Lunatic asylums Madras 1877-1891 - 1877-1891
Year: 1877
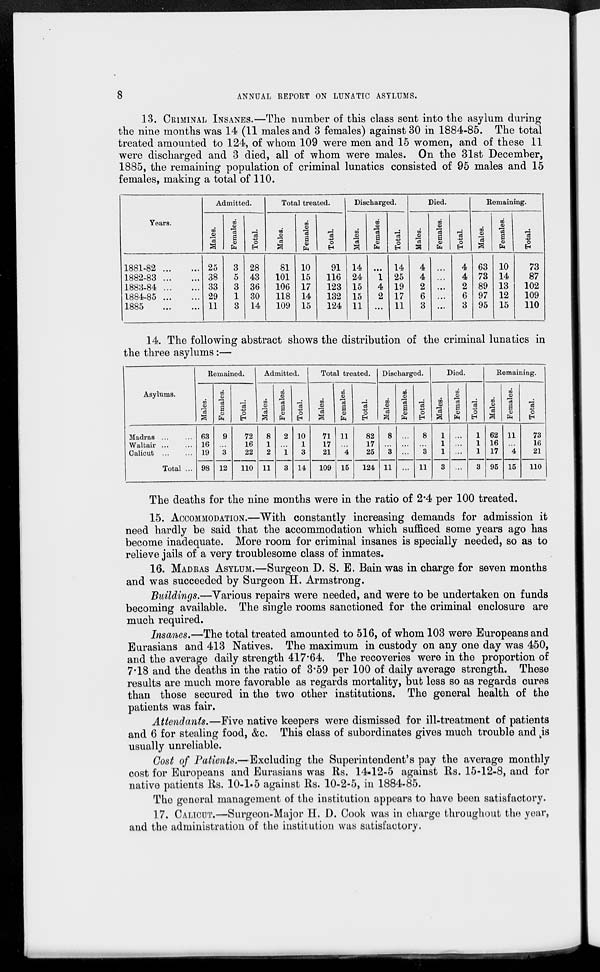
8
ANNUAL REPORT ON LUNATIC ASYLUMS.
13. CRIMINAL INSANES.—The number of this class sent into the asylum during
the nine months was 14 (11 males and 3 females) against 30 in 1884-85. The total
treated amounted to 124, of whom 109 were men and 15 women, and of these 11
were discharged and 3 died, all of whom were males. On the 31st December,
1885, the remaining population of criminal lunatics consisted of 95 males and 15
females, making a total of 110.
Years.
1881-82 ... ...
1882-83 ... ...
1883-84 ... ...
1884-85 ... ...
1885
...
...
Admitted.
Males.
25
38
33
29
11
Females.
3
5
3
1
3
Total.
28
43
36
30
14
Total treated.
Males.
81
101
106
118
109
Females.
10
15
17
14
15
Total.
91
116
123
132
124
Discharged.
Males.
14
24
15
15
11
Females.
...
1
4
2
...
Total.
14
25
19
17
11
Died.
Males.
4
4
2
6
3
Females.
...
...
...
...
...
Total.
4
4
2
6
3
Remaining.
Males.
63
73
89
97
95
Females.
10
14
13
12
15
Total.
73
87
102
109
110
14. The following abstract shows the distribution of the criminal lunatics in
the three asylums:—
Asylums.
Madras ... ...
Waltair ... ...
Calicut ... ...
Total ...
Remained.
Males.
63
16
19
98
Females.
9
...
3
12
Total.
72
16
22
110
Admitted.
Males.
8
1
2
11
Females.
2
...
1
3
Total.
10
1
3
14
Total treated.
Males.
71
17
21
109
Females.
11
...
4
15
Total.
82
17
25
124
Discharged.
Males.
8
...
3
11
Females.
...
...
...
...
Total.
8
...
3
11
Died.
Males.
1
1
1
3
Females.
...
...
...
...
Total.
1
1
1
3
Remaining.
Males.
62
16
17
95
Females.
11
...
4
15
Total.
73
16
21
110
The deaths for the nine months were in the ratio of 2.4 per 100 treated.
15. ACCOMMODATION.—"With constantly increasing demands for admission it
need hardly be said that the accommodation which sufficed some years ago has
become inadequate. More room for criminal insanes is specially needed, so as to
relieve jails of a very troublesome class of inmates.
16. MADRAS ASYLUM.—Surgeon D. S. E. Bain was in charge for seven months
and was succeeded by Surgeon H. Armstrong.
Buildings.—Various repairs were needed, and were to be undertaken on funds
becoming available. The single rooms sanctioned for the criminal enclosure are
much required.
Insanes.—The total treated amounted to 516, of whom 103 were Europeans and
Eurasians and 413 Natives. The maximum in custody on any one day was 450,
and the average daily strength 417.64. The recoveries were in the proportion of
7.18 and the deaths in the ratio of 3.59 per 100 of daily average strength. These
results are much more favorable as regards mortality, but less so as regards cures
than those secured in the two other institutions. The general health of the
patients was fair.
Attendants.—Five native keepers were dismissed for ill-treatment of patients
and 6 for stealing food, &c. This class of subordinates gives much trouble and is
usually unreliable.
Cost of Patients.—Excluding the Superintendent's pay the average monthly
cost for Europeans and Eurasians was Rs. 14.12-5 against Rs. 15-12-8, and for
native patients Rs. 10-1.5 against Rs. 10-2-5, in 1884-85.
The general management of the institution appears to have been satisfactory.
17. CALICUT.—Surgeon-Major H. D. Cook was in charge throughout the year,
and the administration of the institution was satisfactory.